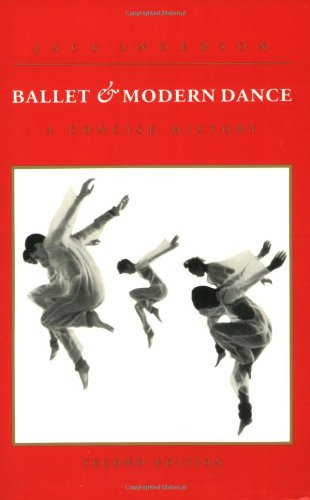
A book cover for Ballet and Modern Dance: A Concise History; Jack Anderson; Humor & Entertainment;